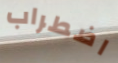
اضطراب